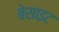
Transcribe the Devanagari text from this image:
बेसाइट